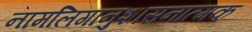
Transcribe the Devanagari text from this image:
नामलिगानुशासनात्मक